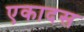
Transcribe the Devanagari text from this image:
एकादस